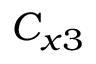
C _ { x 3 }